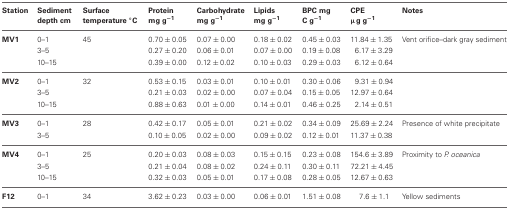
<table><thead><tr><td><b>Station</b></td><td><b>Sediment depth cm</b></td><td><b>Surface temperature °C</b></td><td><b>Protein mg g<sup>−1</sup></b></td><td><b>Carbohydrate mg g<sup>−1</sup></b></td><td><b>Lipids mg g<sup>−1</sup></b></td><td><b>BPC mg C g<sup>−1</sup></b></td><td><b>CPE μg g<sup>−1</sup></b></td><td><b>Notes</b></td></tr></thead><tbody><tr><td><b>MV1</b></td><td>0–1</td><td>45</td><td>0.70 ± 0.05</td><td>0.07 ± 0.00</td><td>0.18 ± 0.02</td><td>0.45 ± 0.03</td><td>11.84 ± 1.35</td><td>Vent orifice–dark gray sediment</td></tr><tr><td></td><td>3–5</td><td></td><td>0.27 ± 0.20</td><td>0.06 ± 0.01</td><td>0.07 ± 0.00</td><td>0.19 ± 0.08</td><td>6.17 ± 3.29</td><td></td></tr><tr><td></td><td>10–15</td><td></td><td>0.39 ± 0.00</td><td>0.12 ± 0.02</td><td>0.10 ± 0.03</td><td>0.29 ± 0.03</td><td>6.12 ± 0.64</td><td></td></tr><tr><td><b>MV2</b></td><td>0–1</td><td>32</td><td>0.53 ± 0.15</td><td>0.03 ± 0.01</td><td>0.10 ± 0.01</td><td>0.30 ± 0.06</td><td>9.31 ± 0.94</td><td></td></tr><tr><td></td><td>3–5</td><td></td><td>0.21 ± 0.03</td><td>0.02 ± 0.00</td><td>0.07 ± 0.04</td><td>0.15 ± 0.05</td><td>12.97 ± 0.64</td><td></td></tr><tr><td></td><td>10–15</td><td></td><td>0.88 ± 0.63</td><td>0.01 ± 0.00</td><td>0.14 ± 0.01</td><td>0.46 ± 0.25</td><td>2.14 ± 0.51</td><td></td></tr><tr><td><b>MV3</b></td><td>0–1</td><td>28</td><td>0.42 ± 0.17</td><td>0.05 ± 0.01</td><td>0.21 ± 0.02</td><td>0.34 ± 0.09</td><td>25.69 ± 2.24</td><td>Presence of white precipitate</td></tr><tr><td></td><td>3–5</td><td></td><td>0.10 ± 0.05</td><td>0.02 ± 0.00</td><td>0.09 ± 0.02</td><td>0.12 ± 0.01</td><td>11.37 ± 0.38</td><td></td></tr><tr><td><b>MV4</b></td><td>0–1</td><td>25</td><td>0.20 ± 0.03</td><td>0.08 ± 0.03</td><td>0.15 ± 0.15</td><td>0.23 ± 0.08</td><td>154.6 ± 3.89</td><td>Proximity to <i>P. oceanica</i></td></tr><tr><td></td><td>3–5</td><td></td><td>0.21 ± 0.04</td><td>0.08 ± 0.02</td><td>0.24 ± 0.11</td><td>0.30 ± 0.11</td><td>72.21 ± 4.45</td><td></td></tr><tr><td></td><td>10–15</td><td></td><td>0.32 ± 0.03</td><td>0.05 ± 0.01</td><td>0.17 ± 0.08</td><td>0.28 ± 0.05</td><td>12.67 ± 0.63</td><td></td></tr><tr><td><b>F12</b></td><td>0–1</td><td>34</td><td>3.62 ± 0.23</td><td>0.03 ± 0.00</td><td>0.06 ± 0.01</td><td>1.51 ± 0.08</td><td>7.6 ± 1.1</td><td>Yellow sediments</td></tr></tbody></table>